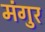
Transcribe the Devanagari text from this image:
मंगुर